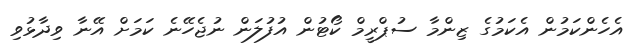
އެހެންކަމުން އެކަމުގެ ޒިންމާ ސުޕްރީމް ކޯޓުން އުފުލަން ނުޖެހޭނެ ކަމަށް އޭނާ ވިދާޅުވި